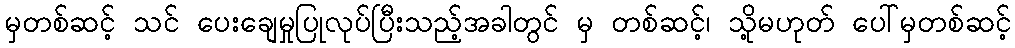
မှတစ်ဆင့် သင် ပေးချေမှုပြုလုပ်ပြီးသည့်အခါတွင် မှ တစ်ဆင့်၊ သို့မဟုတ် ပေါ်မှတစ်ဆင့်